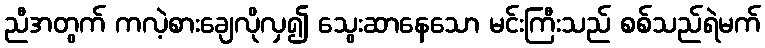
ညီအတွက် ကလဲ့စားချေလိုလှ၍ သွေးဆာနေသော မင်းကြီးသည် စစ်သည်ရဲမက်